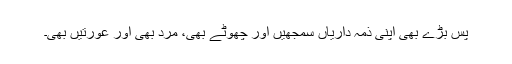
پس بڑے بھی اپنی ذمہ داریاں سمجھیں اور چھوٹے بھی، مرد بھی اور عورتیں بھی۔